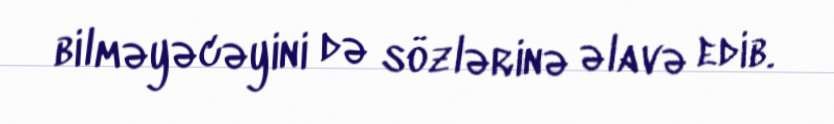
bilməyəcəyini də sözlərinə əlavə edib.